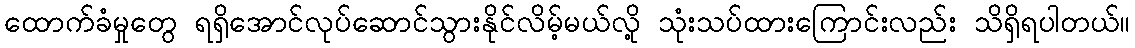
ထောက်ခံမှုတွေ ရရှိအောင်လုပ်ဆောင်သွားနိုင်လိမ့်မယ်လို့ သုံးသပ်ထားကြောင်းလည်း သိရှိရပါတယ်။